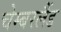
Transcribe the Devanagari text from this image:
चेम्बरलैंड